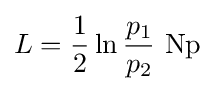
L={\frac {1}{2}}\ln {\frac {p_{1}}{p_{2}}}\mathrm {~Np}